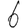
Digit: 6